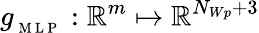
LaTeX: g_{_\mathrm{~M~L~P~}}:\mathbb{R}^{m}\mapsto\mathbb{R}^{N_{Wp}+3}